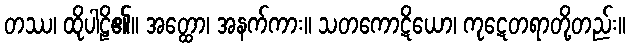
တဿ၊ ထိုပါဠိ၏။ အတ္ထော၊ အနက်ကား။ သတကောဋိယော၊ ကုဋေတရာတို့တည်း။